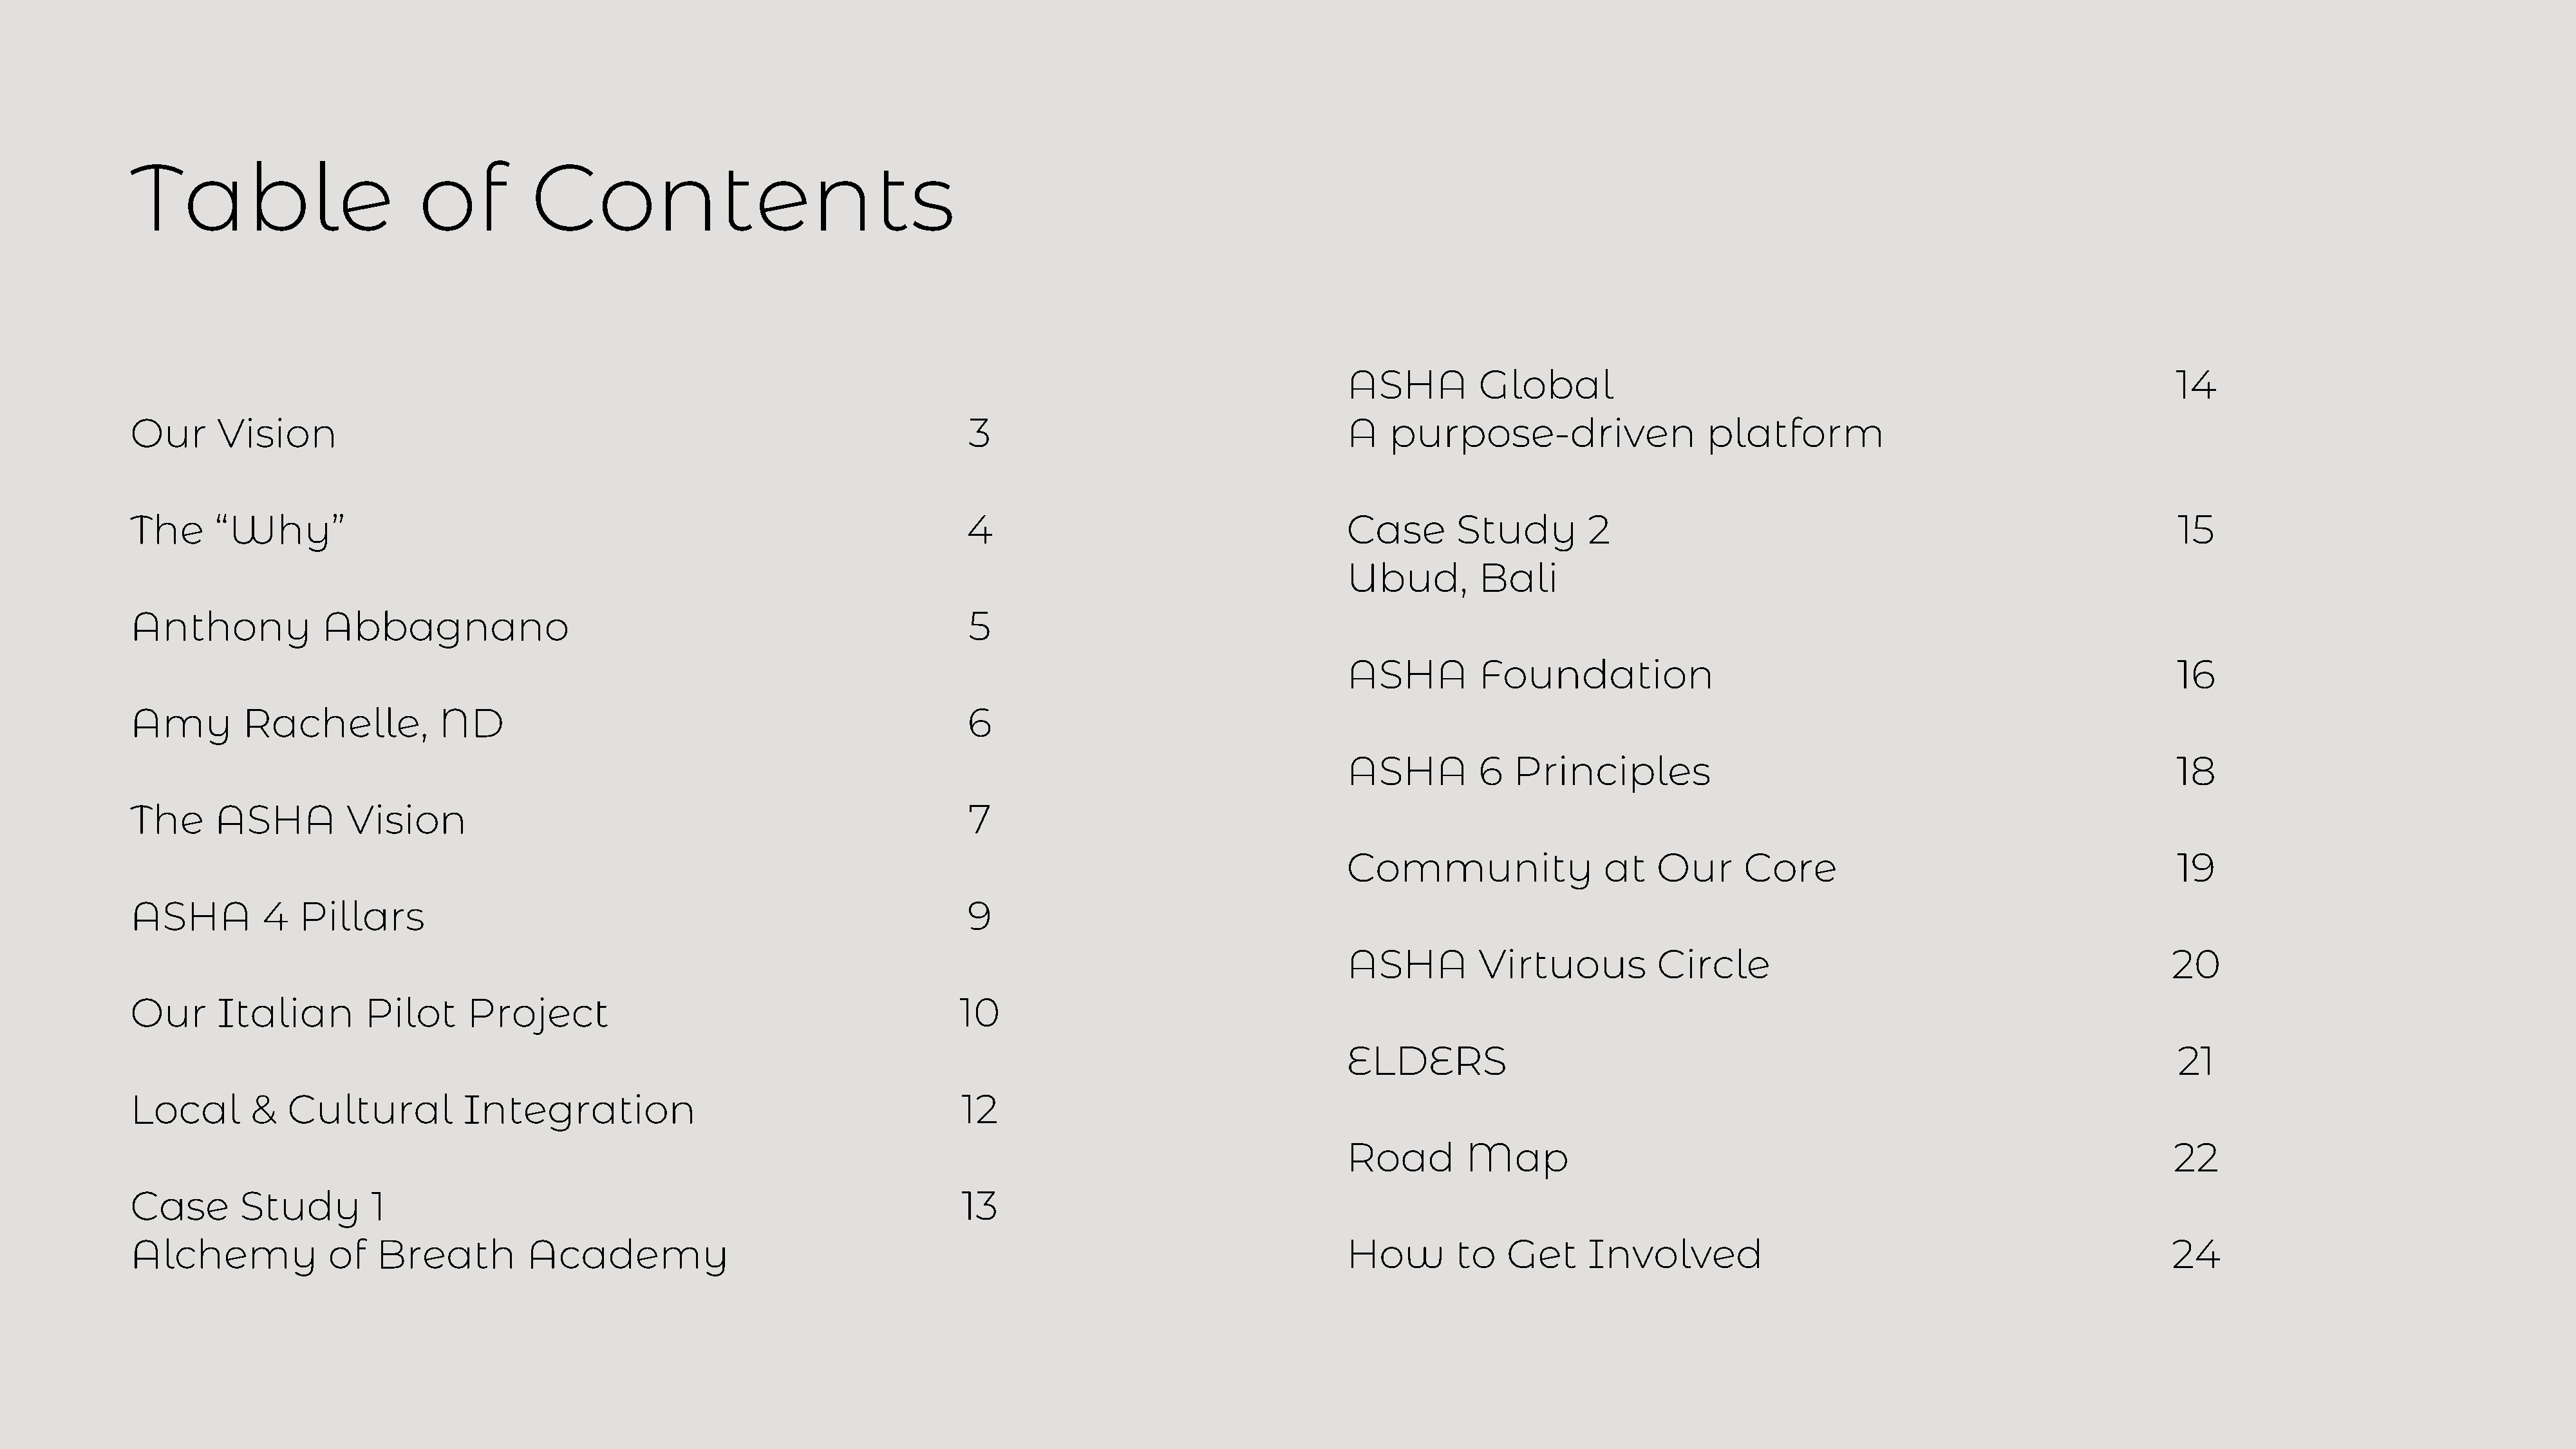
Table                         of          Contents
 ASHA          Global                                                                  14
 Our      Vision                                                                        3                                     A    purpose-driven                  platform
 The      “Why”                                                                        4                                      Case        Study        2                                                            15
 Ubud,         Bali
 Anthony             Abbagnano                                                          5
 ASHA          Foundation                                                              16
 Amy         Rachelle,           ND                                                    6
 ASHA          6   Principles                                                          18
 The      ASHA          Vision                                                          7
 Community                  at   Our      Core                                         19
 ASHA          4   Pillars                                                             9
 ASHA          Virtuous          Circle                                               20
 Our      Italian        Pilot      Project                                            10
 ELDERS                                                                                21
 Local        &   Cultural          Integration                                        12
 Road         Map                                                                     22
 Case        Study        1                                                            13
 Alchemy              of   Breath         Academy                                                                             How         to   Get     Involved                                                    24